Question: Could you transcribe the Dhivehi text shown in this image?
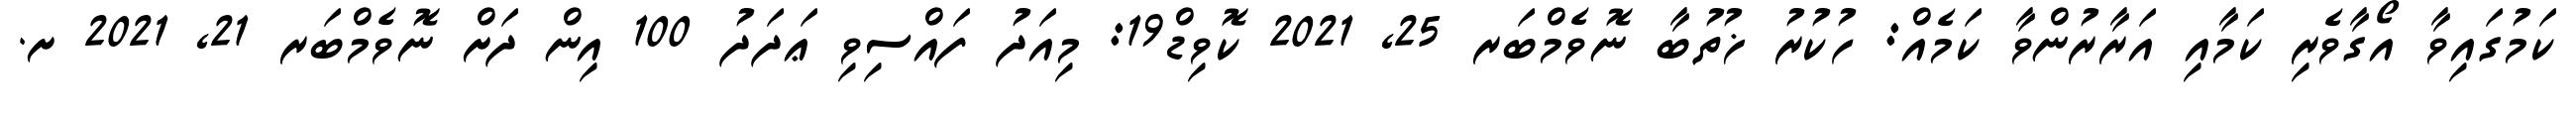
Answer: ކަމުގައިވާ އޯގާވެރި ކަމާއި އަރާރުންވާ ކަމެއް: ހުކުރު ޚުތުބާ ނޮވެމްބަރ 25, 2021 ކޮވިޑް19: މިއަދު ފައްސިވި ޢަދަދު 100 އިން ދަށް ނޮވެމްބަރ 21, 2021 ށ.